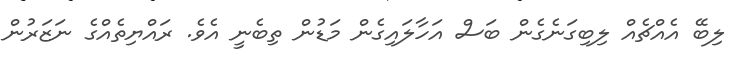
ލިބޭ އެއްޗެއް ލިބިގަނެގެން ބަސް އަހާލައިގެން މަޑުން ތިބެނީ އެވެ. ރައްޔިތެއްގެ ނަޒަރުން